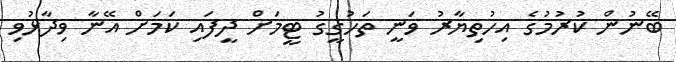
ބޭނުން ކުރުމުގެ އިހުތިޔާރު ވަނީ ތަހުގީގު ޓީމަށް ދީފައި ކަމަށް އޭނާ ވިދާޅުވި